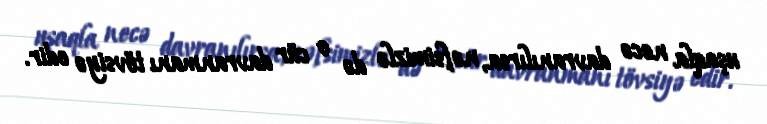
uşaqla necə davranılırsa, nəfsimizlə də o cür davranmanı tövsiyə edir.